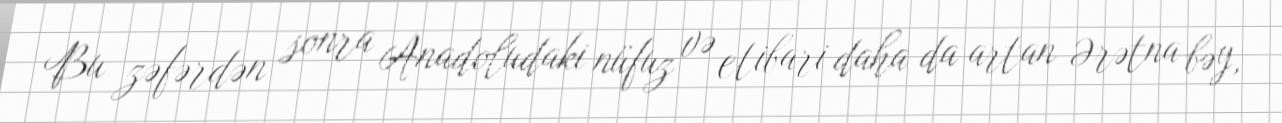
Bu zəfərdən sonra Anadoludaki nüfuz və etibari daha da artan Ərətna bəy,